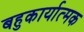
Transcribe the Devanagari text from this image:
बहुकार्यात्‍मक